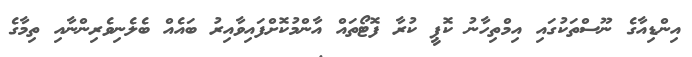
އިންޑިއާގެ ނޫސްތަކުގައި އިމްތިހާނު ކޮޕީ ކުރާ ފޮޓޯތައް އާންމުކޮށްފައިވާއިރު ބައެއް ބެލެނިވެރިންނާއި ތިމާގެ